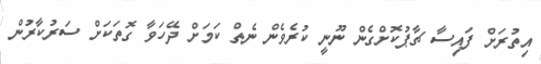
އިތުރަށް ފައިސާ ޗާޕުކޮށްގެން ނޫނީ ކުރެވެން ނެތް ކަމަށް ދޭހަވާ ގޮތަކަށް ސަރުކާރުން